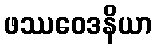
ဖဿဝေဒနိယာ